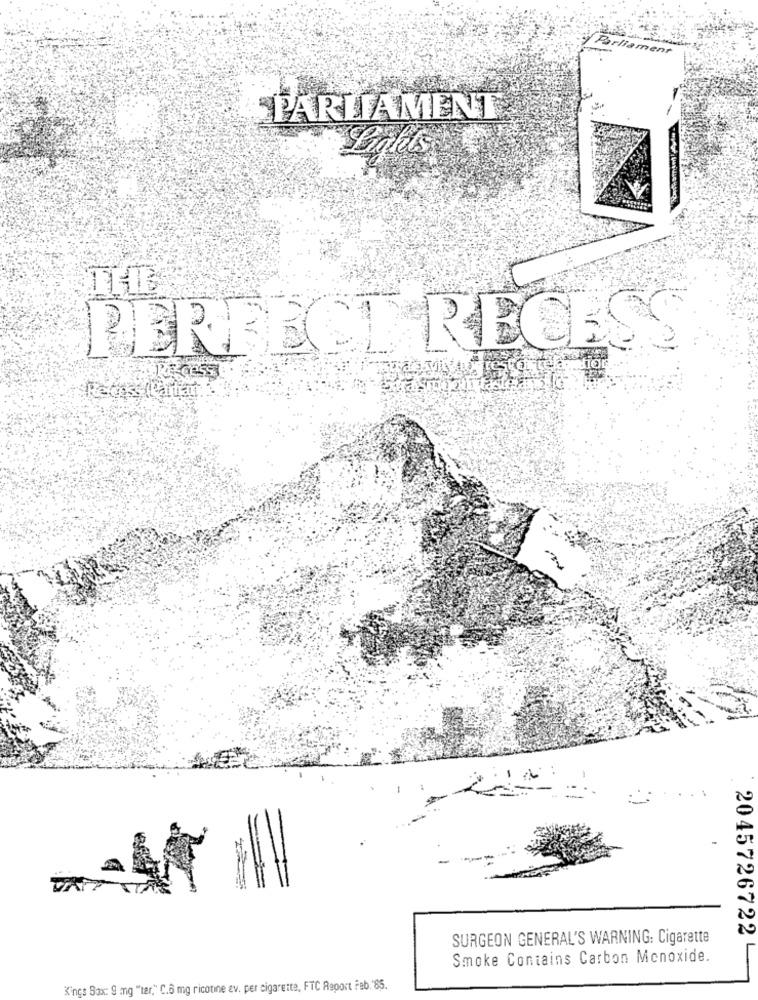
Parliament
PARLIAMENT
Lighets
THE
PERFECT RECESS
SURGEON GENERAL'S WARNING: Cigarette
20457267224
Smoke Contains Carbon Monoxide.
Kings Box: 9 mg "ter," C.6 mg ricotine av. per cigarette, FTC Report Feb. "85.